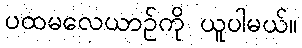
ပထမလေယာဉ်ကို ယူပါမယ်။